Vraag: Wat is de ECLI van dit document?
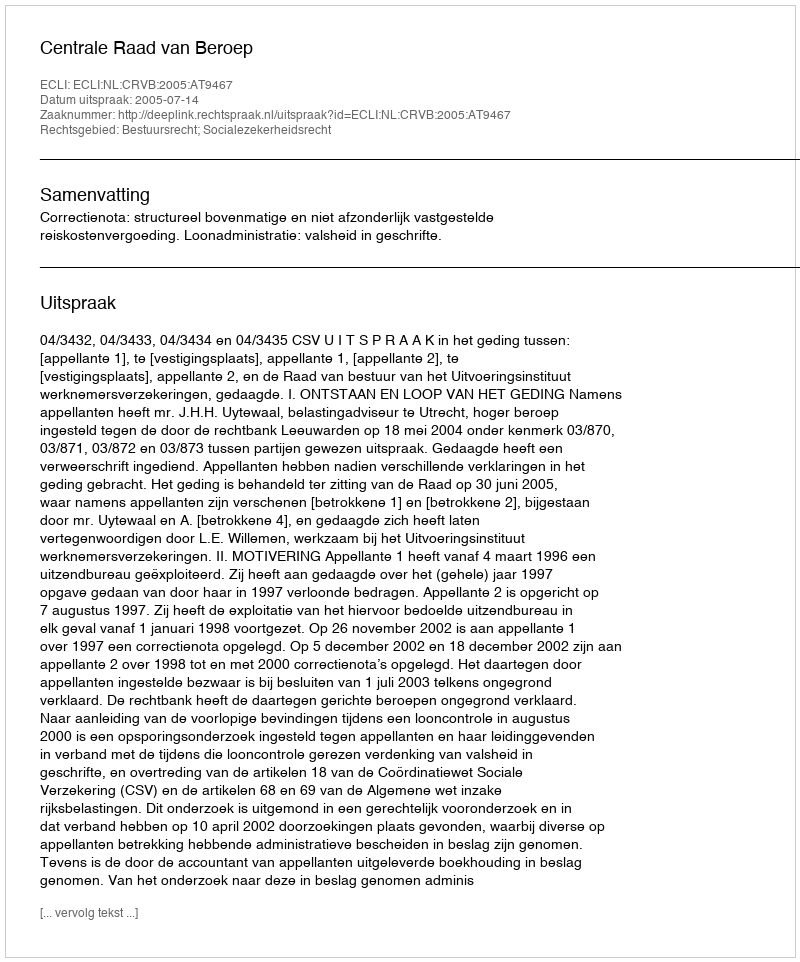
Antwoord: ECLI:NL:CRVB:2005:AT9467